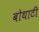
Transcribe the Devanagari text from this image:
बोथाटी